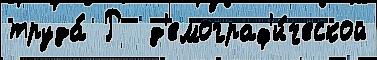
труда́ Р  д'емограф'и́ческой